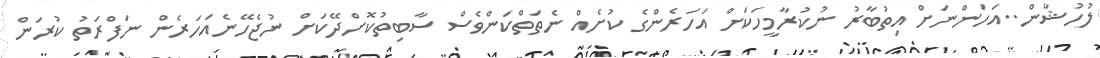
ލުހުޝާން..އަހަންނަށް އިތުބާރު ނުކުރާމީހަކަށް އަހަރެންގެ ކުށެއް ނެތަތްކަންވެސް ސާބިތުކޮށްދޭކަށް ނުޖެހޭނެއަހަރެން ނަފްރަތު ކުރަން